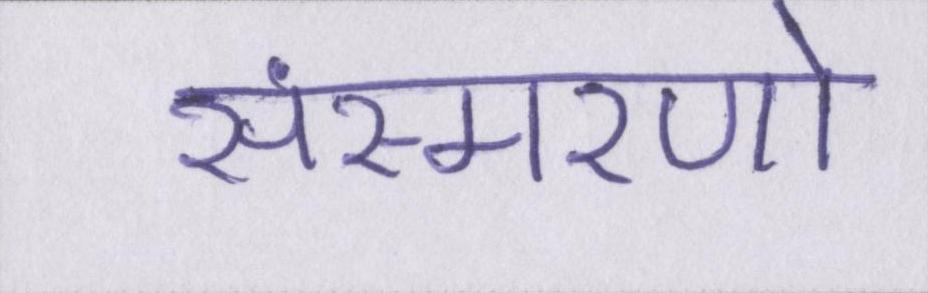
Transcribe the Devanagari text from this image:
संस्मरणो